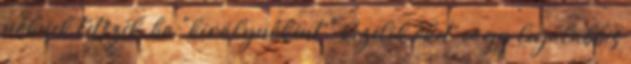
nőknek tetszik, ha "királynőként " kezelik őket, vagy legalabbis